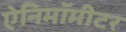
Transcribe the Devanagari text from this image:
ऐनिमॉमीटर